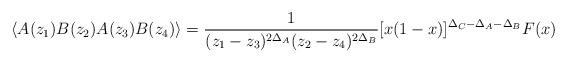
LaTeX: \begin{align*}\langle A(z_1)B(z_2) A(z_3) B(z_4)\rangle =\frac{1}{(z_1-z_3)^{2\Delta_{A}}(z_2-z_4)^{2\Delta_{B}}}[x(1-x)]^{\Delta_C - \Delta_{A} - \Delta_{B}} F(x)\end{align*}